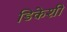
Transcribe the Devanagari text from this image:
डिकेशी